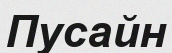
Пусайн